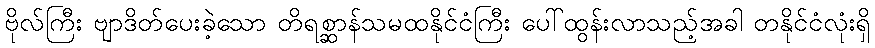
ဗိုလ်ကြီး ဗျာဒိတ်ပေးခဲ့သော တိရစ္ဆာန်သမထနိုင်ငံကြီး ပေါ်ထွန်းလာသည့်အခါ တနိုင်ငံလုံးရှိ